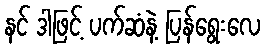
နင် ဒါဖြင့် ပက်ဆံနဲ့ ပြန်ရွေးလေ